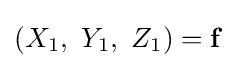
\left(X_{1},\ Y_{1},\ Z_{1}\right)=\mathbf {f}